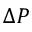
\Delta P